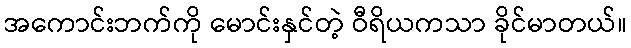
အကောင်းဘက်ကို မောင်းနှင်တဲ့ ဝီရိယကသာ ခိုင်မာတယ်။